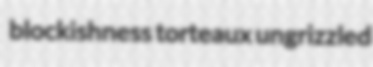
blockishness torteaux ungrizzled